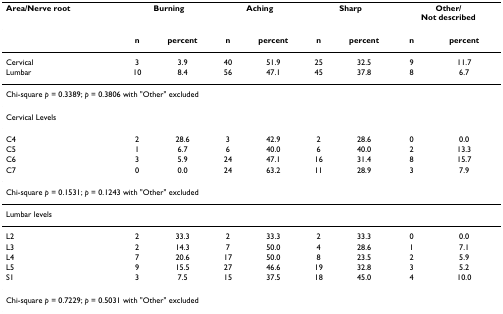
<table><thead><tr><td><b>Area/Nerve root</b></td><td colspan="2"><b>Burning</b></td><td colspan="2"><b>Aching</b></td><td colspan="2"><b>Sharp</b></td><td colspan="2"><b>Other/Not described</b></td></tr></thead><tbody><tr><td></td><td><b>n</b></td><td><b>percent</b></td><td><b>n</b></td><td><b>percent</b></td><td><b>n</b></td><td><b>percent</b></td><td><b>n</b></td><td><b>percent</b></td></tr><tr><td>Cervical</td><td>3</td><td>3.9</td><td>40</td><td>51.9</td><td>25</td><td>32.5</td><td>9</td><td>11.7</td></tr><tr><td>Lumbar</td><td>10</td><td>8.4</td><td>56</td><td>47.1</td><td>45</td><td>37.8</td><td>8</td><td>6.7</td></tr><tr><td colspan="9">Chi-square <i>p </i>= 0.3389; <i>p </i>= 0.3806 with &quot;Other&quot; excluded</td></tr><tr><td>Cervical Levels</td><td></td><td></td><td></td><td></td><td></td><td></td><td></td><td></td></tr><tr><td>C4</td><td>2</td><td>28.6</td><td>3</td><td>42.9</td><td>2</td><td>28.6</td><td>0</td><td>0.0</td></tr><tr><td>C5</td><td>1</td><td>6.7</td><td>6</td><td>40.0</td><td>6</td><td>40.0</td><td>2</td><td>13.3</td></tr><tr><td>C6</td><td>3</td><td>5.9</td><td>24</td><td>47.1</td><td>16</td><td>31.4</td><td>8</td><td>15.7</td></tr><tr><td>C7</td><td>0</td><td>0.0</td><td>24</td><td>63.2</td><td>11</td><td>28.9</td><td>3</td><td>7.9</td></tr><tr><td colspan="9">Chi-square <i>p </i>= 0.1531; <i>p </i>= 0.1243 with &quot;Other&quot; excluded</td></tr><tr><td>Lumbar levels</td><td></td><td></td><td></td><td></td><td></td><td></td><td></td><td></td></tr><tr><td>L2</td><td>2</td><td>33.3</td><td>2</td><td>33.3</td><td>2</td><td>33.3</td><td>0</td><td>0.0</td></tr><tr><td>L3</td><td>2</td><td>14.3</td><td>7</td><td>50.0</td><td>4</td><td>28.6</td><td>1</td><td>7.1</td></tr><tr><td>L4</td><td>7</td><td>20.6</td><td>17</td><td>50.0</td><td>8</td><td>23.5</td><td>2</td><td>5.9</td></tr><tr><td>L5</td><td>9</td><td>15.5</td><td>27</td><td>46.6</td><td>19</td><td>32.8</td><td>3</td><td>5.2</td></tr><tr><td>S1</td><td>3</td><td>7.5</td><td>15</td><td>37.5</td><td>18</td><td>45.0</td><td>4</td><td>10.0</td></tr><tr><td colspan="9">Chi-square <i>p </i>= 0.7229; <i>p </i>= 0.5031 with &quot;Other&quot; excluded</td></tr></tbody></table>